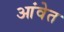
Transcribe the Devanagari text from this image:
आंवेत